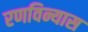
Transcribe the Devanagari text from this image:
रणविन्यास